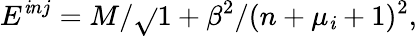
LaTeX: E^{\mathit{i}nj}=M/\sqrt{}{{1+\beta^{2}/(n+\mu_{\mathit{i}}+1)^{2}}},